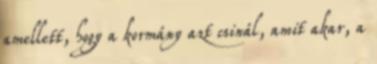
amellett, hogy a kormány azt csinál, amit akar, a